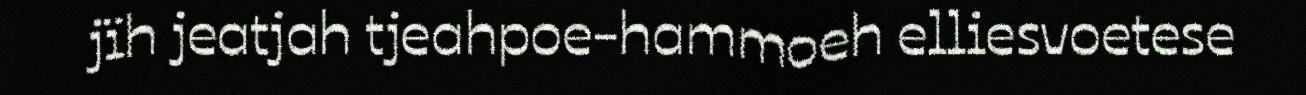
jïh jeatjah tjeahpoe-hammoeh elliesvoetese